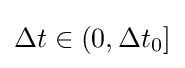
\Delta t\in (0,\Delta t_{0}]